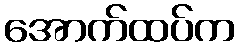
အောက်ထပ်က